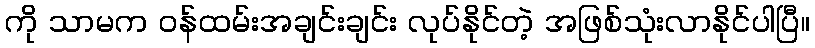
ကို သာမက ဝန်ထမ်းအချင်းချင်း လုပ်နိုင်တဲ့ အဖြစ်သုံးလာနိုင်ပါပြီ။